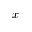
x